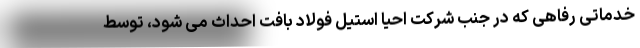
خدماتی رفاهی که در جنب شرکت احیا استیل فولاد بافت احداث می شود، توسط